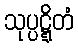
သုပ္ပဋ္ဋိတံ